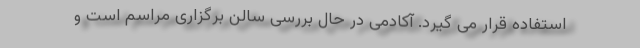
استفاده قرار می گیرد. آکادمی در حال بررسی سالن برگزاری مراسم است و